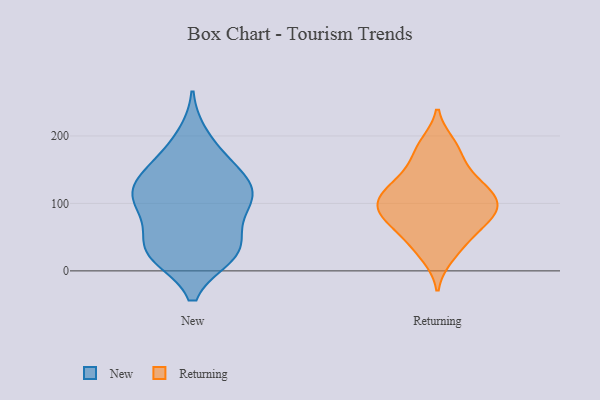
{"axis": {"x": "LTV (USD)", "y": "Value"}, "legend": ["New", "Returning"], "data": [{"x": "", "y": 29, "type": "New"}, {"x": "", "y": 129, "type": "New"}, {"x": "", "y": 23, "type": "New"}, {"x": "", "y": 163, "type": "New"}, {"x": "", "y": 24, "type": "New"}, {"x": "", "y": 90, "type": "New"}, {"x": "", "y": 109, "type": "New"}, {"x": "", "y": 48, "type": "New"}, {"x": "", "y": 96, "type": "New"}, {"x": "", "y": 128, "type": "New"}, {"x": "", "y": 115, "type": "New"}, {"x": "", "y": 98, "type": "New"}, {"x": "", "y": 164, "type": "New"}, {"x": "", "y": 133, "type": "New"}, {"x": "", "y": 39, "type": "New"}, {"x": "", "y": 199, "type": "New"}, {"x": "", "y": 25, "type": "New"}, {"x": "", "y": 188, "type": "Returning"}, {"x": "", "y": 155, "type": "Returning"}, {"x": "", "y": 60, "type": "Returning"}, {"x": "", "y": 95, "type": "Returning"}, {"x": "", "y": 39, "type": "Returning"}, {"x": "", "y": 106, "type": "Returning"}, {"x": "", "y": 82, "type": "Returning"}, {"x": "", "y": 180, "type": "Returning"}, {"x": "", "y": 128, "type": "Returning"}, {"x": "", "y": 22, "type": "Returning"}, {"x": "", "y": 83, "type": "Returning"}, {"x": "", "y": 95, "type": "Returning"}, {"x": "", "y": 102, "type": "Returning"}, {"x": "", "y": 123, "type": "Returning"}, {"x": "", "y": 131, "type": "Returning"}, {"x": "", "y": 64, "type": "Returning"}]}